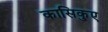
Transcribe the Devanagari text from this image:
कासिकुए